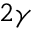
2 \gamma